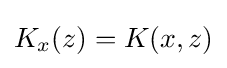
K_{x}(z)=K(x,z)